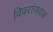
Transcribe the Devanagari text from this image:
विवरांजवळ